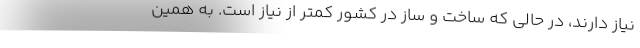
نیاز دارند، در حالی که ساخت و ساز در کشور کمتر از نیاز است. به همین